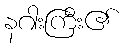
နဂါးကြီး၏